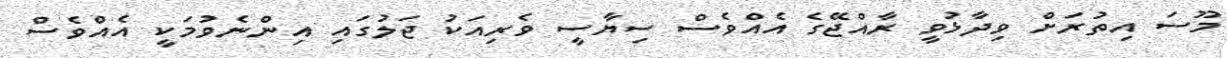
މޫސަ އިތުރަށް ވިދާޅުވީ ރާއްޖޭގެ އެއްވެސް ސިޔާސީ ވެރިއަކު ޖަލުގައި އިންނެވުމަކީ އެއްވެސް